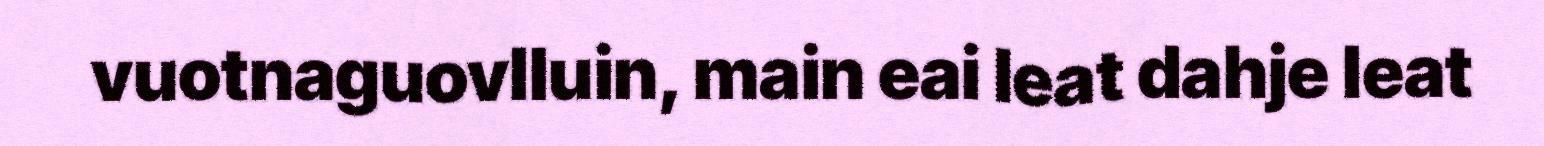
vuotnaguovlluin, main eai leat dahje leat